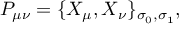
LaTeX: P _ { \mu \nu } = \{ X _ { \mu } , X _ { \nu } \} _ { \sigma _ { 0 } , \sigma _ { 1 } } ,